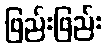
ဖြည်းဖြည်း